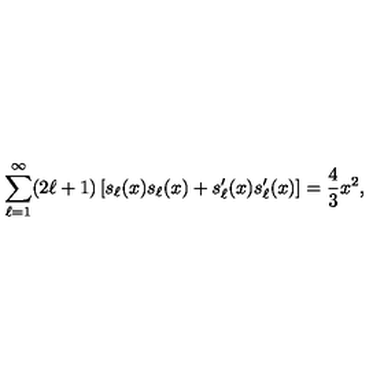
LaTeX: \sum _ { \ell = 1 } ^ { \infty } ( 2 \ell + 1 ) \left[ s _ { \ell } ( x ) s _ { \ell } ( x ) + s _ { \ell } ^ { \prime } ( x ) s _ { \ell } ^ { \prime } ( x ) \right] = { \frac { 4 } { 3 } } x ^ { 2 } ,